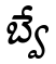
బ్వే